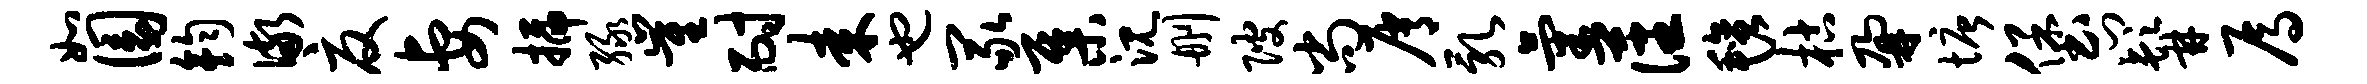
如圜钧儆夏妻插绿崔耐耒也冢集沉删陂尚屑乳气藩毡枯鼐塘堡门髯焉